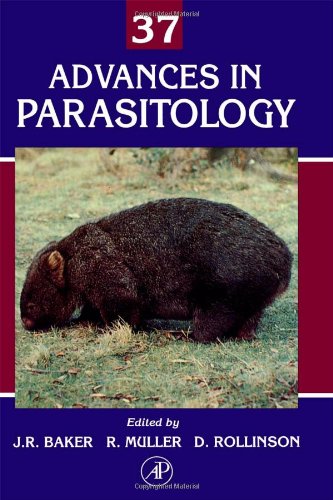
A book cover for Advances in Parasitology, Vol. 37; Medical Books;